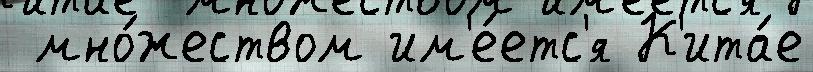
 мно́жеством им'е́етс'я К'ита́е